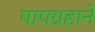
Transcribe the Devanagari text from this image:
पापग्रहाने